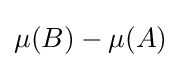
\mu (B)-\mu (A)